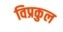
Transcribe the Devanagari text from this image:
विप्रकुल